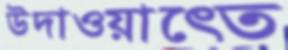
উদাওয়াত্তে